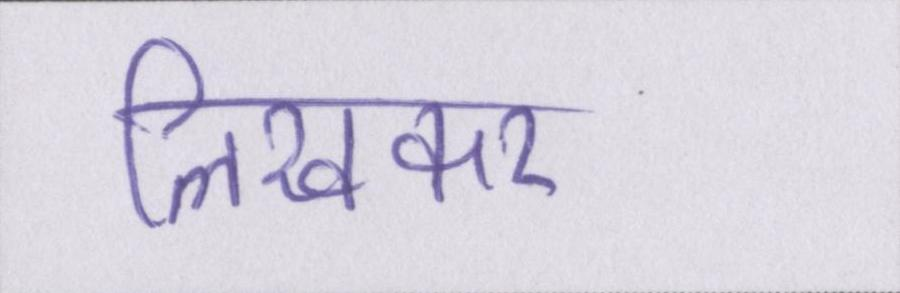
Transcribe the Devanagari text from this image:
लिखकर